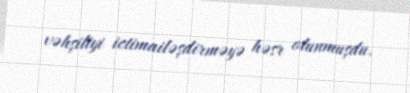
vəhşiliyi ictimailəşdirməyə həsr olunmuşdu.